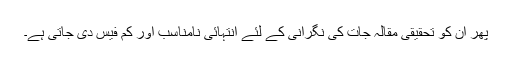
پھر اُن کو تحقیقی مقالہ جات کی نگرانی کے لئے انتہائی نامناسب اور کم فیس دی جاتی ہے۔